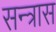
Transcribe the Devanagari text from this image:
सन्त्रास